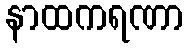
နာထကရဏာ